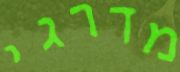
מדרגי